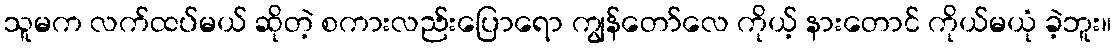
သူမက လက်ထပ်မယ် ဆိုတဲ့ စကားလည်းပြောရော ကျွန်တော်လေ ကိုယ့် နားတောင် ကိုယ်မယုံ ခဲ့ဘူး။